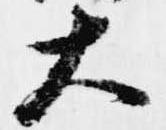
大